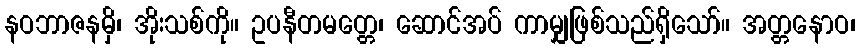
နဝဘာဇနမှိ၊ အိုးသစ်ကို။ ဥပနီတမတ္တေ၊ ဆောင်အပ် ကာမျှဖြစ်သည်ရှိသော်။ အတ္တနောဝ၊